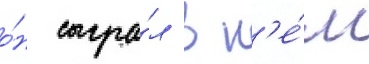
о́н сыгра́л в н'е́м